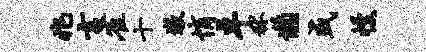
兆言雀十墩悄卓秫懒或幔